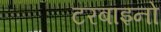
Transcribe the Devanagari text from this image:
टरबाइनो